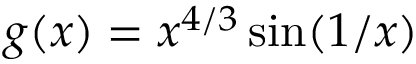
g ( x ) = x ^ { 4 / 3 } \sin ( 1 / x )